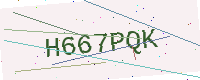
Text: H667PQK